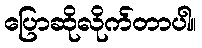
ပြောဆိုလိုက်တာပါ။